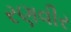
રણવીર